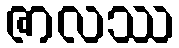
ဇာလဿ